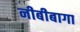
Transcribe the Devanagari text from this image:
नीबीबागा